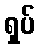
ရှပ်